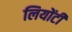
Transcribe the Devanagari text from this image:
लियोंटी